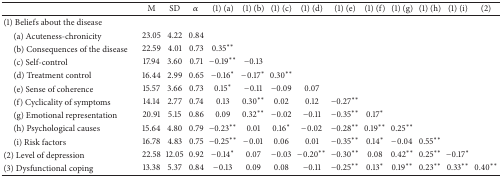
<table><thead><tr><td><b> </b></td><td><b>M</b></td><td><b>SD</b></td><td><b><i>α</i></b></td><td><b>(1) (a)</b></td><td><b>(1) (b)</b></td><td><b>(1) (c)</b></td><td><b>(1) (d)</b></td><td><b>(1) (e)</b></td><td><b>(1) (f)</b></td><td><b>(1) (g)</b></td><td><b>(1) (h)</b></td><td><b>(1) (i)</b></td><td><b>(2)</b></td></tr></thead><tbody><tr><td>(1) Beliefs about the disease</td><td> </td><td> </td><td> </td><td> </td><td> </td><td> </td><td> </td><td> </td><td> </td><td> </td><td> </td><td> </td><td> </td></tr><tr><td> (a) Acuteness-chronicity</td><td>23.05</td><td>4.22</td><td>0.84</td><td> </td><td> </td><td> </td><td> </td><td> </td><td> </td><td> </td><td> </td><td> </td><td> </td></tr><tr><td> (b) Consequences of the disease</td><td>22.59</td><td>4.01</td><td>0.73</td><td>0.35**</td><td> </td><td> </td><td> </td><td> </td><td> </td><td> </td><td> </td><td> </td><td> </td></tr><tr><td> (c) Self-control</td><td>17.94</td><td>3.60</td><td>0.71</td><td>−0.19**</td><td>−0.13</td><td> </td><td> </td><td> </td><td> </td><td> </td><td> </td><td> </td><td> </td></tr><tr><td> (d) Treatment control</td><td>16.44</td><td>2.99</td><td>0.65</td><td>−0.16*</td><td>−0.17*</td><td>0.30**</td><td> </td><td> </td><td> </td><td> </td><td> </td><td> </td><td> </td></tr><tr><td> (e) Sense of coherence</td><td>15.57</td><td>3.66</td><td>0.73</td><td>0.15*</td><td>−0.11</td><td>−0.09</td><td>0.07</td><td> </td><td> </td><td> </td><td> </td><td> </td><td> </td></tr><tr><td> (f) Cyclicality of symptoms</td><td>14.14</td><td>2.77</td><td>0.74</td><td>0.13</td><td>0.30**</td><td>0.02</td><td>0.12</td><td>−0.27**</td><td> </td><td> </td><td> </td><td> </td><td> </td></tr><tr><td> (g) Emotional representation</td><td>20.91</td><td>5.15</td><td>0.86</td><td>0.09</td><td>0.32**</td><td>−0.02</td><td>−0.11</td><td>−0.35**</td><td>0.17*</td><td> </td><td> </td><td> </td><td> </td></tr><tr><td> (h) Psychological causes</td><td>15.64</td><td>4.80</td><td>0.79</td><td>−0.23**</td><td>0.01</td><td>0.16*</td><td>−0.02</td><td>−0.28**</td><td>0.19**</td><td>0.25**</td><td> </td><td> </td><td> </td></tr><tr><td> (i) Risk factors</td><td>16.78</td><td>4.83</td><td>0.75</td><td>−0.25**</td><td>−0.01</td><td>0.06</td><td>0.01</td><td>−0.35**</td><td>0.14*</td><td>−0.04</td><td>0.55**</td><td> </td><td> </td></tr><tr><td>(2) Level of depression</td><td>22.58</td><td>12.05</td><td>0.92</td><td>−0.14*</td><td>0.07</td><td>−0.03</td><td>−0.20**</td><td>−0.30**</td><td>0.08</td><td>0.42**</td><td>0.25**</td><td>−0.17*</td><td> </td></tr><tr><td>(3) Dysfunctional coping</td><td>13.38</td><td>5.37</td><td>0.84</td><td>−0.13</td><td>0.09</td><td>0.08</td><td>−0.11</td><td>−0.25**</td><td>0.13*</td><td>0.19**</td><td>0.23**</td><td>0.33**</td><td>0.40**</td></tr></tbody></table>